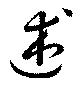
述